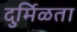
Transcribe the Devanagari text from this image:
दुर्मिळता